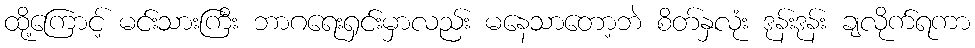
ထို့ကြောင့် မင်းသားကြီး ဘာဂရေးရှင်းမှာလည်း မနေသာတော့ဘဲ စိတ်နှလုံး ဒုန်းဒုန်း ချလိုက်ရကာ